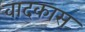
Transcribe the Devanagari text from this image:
वादकास